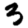
Digit: 3